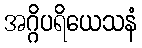
အဂ္ဂိပရိယေသနံ